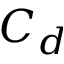
C _ { d }